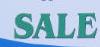
sale